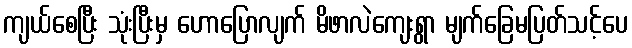
ကျယ်စေပြီး သုံးပြီးမှ ဟောပြောလျက် မိဖာလဲကျေးရွာ မျက်ခြေမပြတ်သင့်ပေ